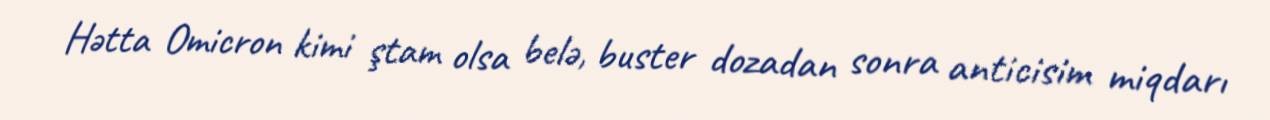
Hətta Omicron kimi ştam olsa belə, buster dozadan sonra anticisim miqdarı